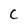
Character: C